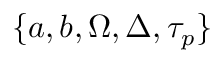
\{ a , b , \Omega , \Delta , \tau _ { p } \}